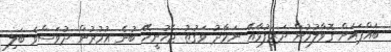
ބައްޕައަށް ގޮވާލުމުން ދަރިފުޅާއޭ ނަމާދު ވަގުތު ޖެހުނީހޭ ބުނެ އުމުރުން ދުވަސްވެ ބަލި